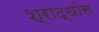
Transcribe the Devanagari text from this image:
श्राद्धांस